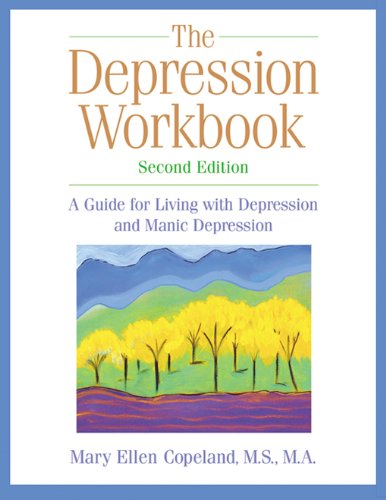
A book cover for The Depression Workbook: A Guide for Living with Depression and Manic Depression, Second Edition; Mary Ellen Copeland; Health, Fitness & Dieting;